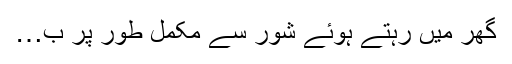
گھر میں رہتے ہوئے شور سے مکمل طور پر ب…